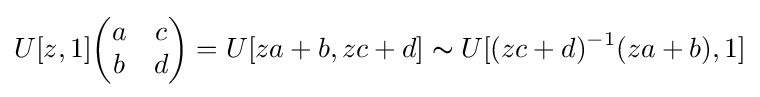
U[z,1]{\begin{pmatrix}a&c\\b&d\end{pmatrix}}=U[za+b,zc+d]\thicksim U[(zc+d)^{-1}(za+b),1]